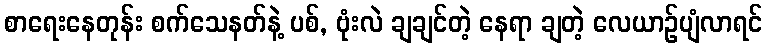
စာရေးနေတုန်း စက်သေနတ်နဲ့ ပစ်, ဗုံးလဲ ချချင်တဲ့ နေရာ ချတဲ့ လေယာဉ်ပျံလာရင်